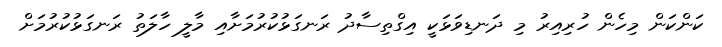
ކަންކަން މިހެން ހުރިއިރު މި ދަނޑިވަޅަކީ އިގްތިސާދު ރަނގަޅުކުރުމަށާއި މާލީ ހާލަތު ރަނގަޅުކުރުމަށް